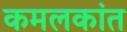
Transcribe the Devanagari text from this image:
कमलकांत